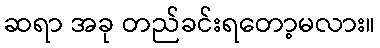
ဆရာ အခု တည်ခင်းရတော့မလား။